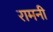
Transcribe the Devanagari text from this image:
रामनी